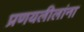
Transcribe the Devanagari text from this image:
प्रणयलीलांना